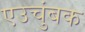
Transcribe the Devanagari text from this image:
एउचुंबक